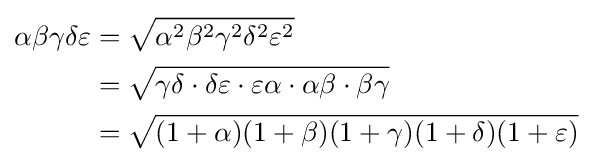
{\begin{aligned}\alpha \beta \gamma \delta \varepsilon &={\sqrt {\alpha ^{2}\beta ^{2}\gamma ^{2}\delta ^{2}\varepsilon ^{2}}}\\&={\sqrt {\gamma \delta \cdot \delta \varepsilon \cdot \varepsilon \alpha \cdot \alpha \beta \cdot \beta \gamma }}\\&={\sqrt {(1+\alpha )(1+\beta )(1+\gamma )(1+\delta )(1+\varepsilon )}}\end{aligned}}